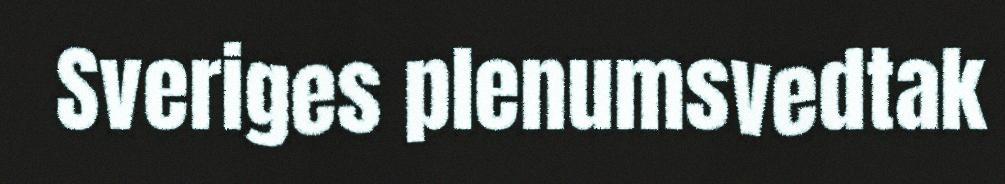
Sveriges plenumsvedtak